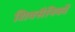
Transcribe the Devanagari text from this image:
शिवसैनिकों